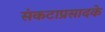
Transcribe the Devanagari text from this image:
संकटाप्रसादके